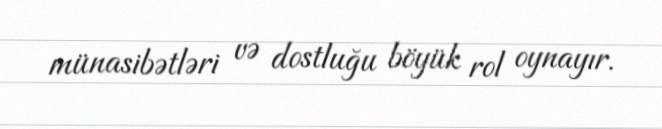
münasibətləri və dostluğu böyük rol oynayır.